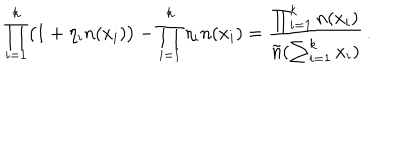
LaTeX: \prod _ { i = 1 } ^ { k } \bigl ( 1 + \eta _ { i } n ( x _ { i } ) \bigr ) - \prod _ { i = 1 } ^ { k } \eta _ { i } n ( x _ { i } ) = { \frac { \prod _ { i = 1 } ^ { k } n ( x _ { i } ) } { \tilde { n } ( \sum _ { i = 1 } ^ { k } x _ { i } ) } } \, .